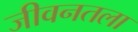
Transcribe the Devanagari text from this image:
जीवनतला